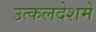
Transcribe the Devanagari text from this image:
उत्कलदेशमे